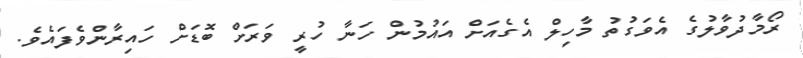
ރޯމާދުވާލުގެ އެވަގުތު މާހިލް އެގެއަށް އައުމުން ހަނާ ހުރީ ވަރަށް ބޮޑަށް ހައިރާންވެފައެވެ.